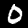
Label: 0